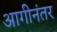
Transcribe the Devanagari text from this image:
आगीनंतर